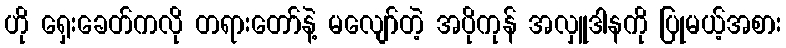
ဟို ရှေးခေတ်ကလို တရားတော်နဲ့ မလျော်တဲ့ အပိုကုန် အလှူဒါနကို ပြုမယ့်အစား